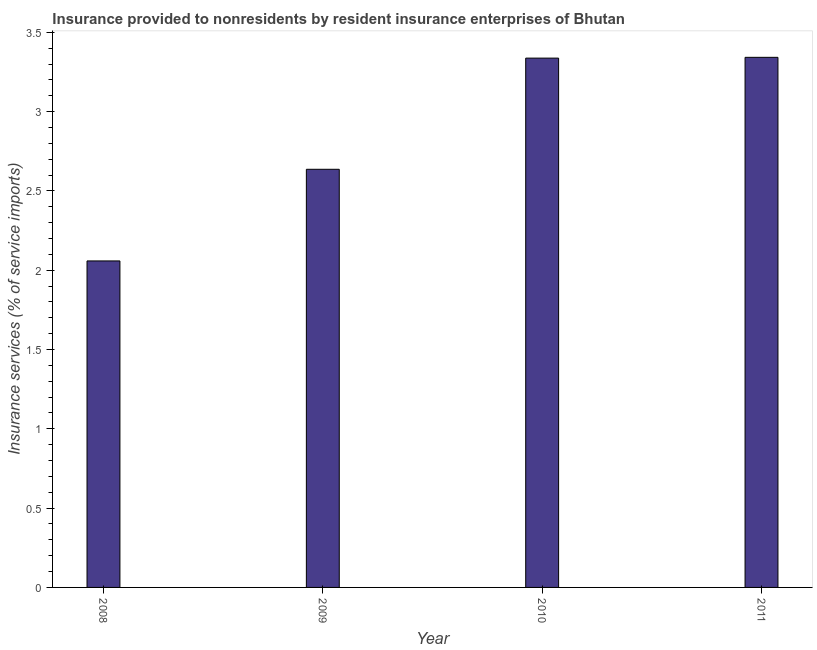
| Year | Insurance and financial services |
 | --- | --- |
 | 2008 | 2.06 |
 | 2009 | 2.64 |
 | 2010 | 3.34 |
 | 2011 | 3.34 |